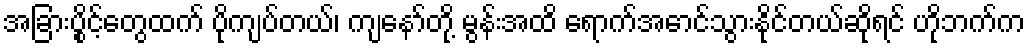
အခြားပွိုင့်တွေထက် ပိုကျပ်တယ်၊ ကျနော်တို့ မွန်းအထိ ရောက်အောင်သွားနိုင်တယ်ဆိုရင် ဟိုဘက်က